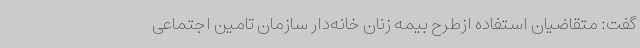
گفت: متقاضیان استفاده ازطرح بیمه زنان خانه‌دار سازمان تامین اجتماعی